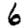
Digit: 6